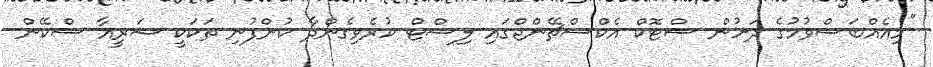
"މިއެއްބަސްވުމުގެ ދަށުން ސްޓޮކް އެކްސްޗޭންޖްގައި ލިސްޓް ކުރެވިގެންދާ ކުންފުނި ތަކަކީ ޝަރީއާ ސްކޭން